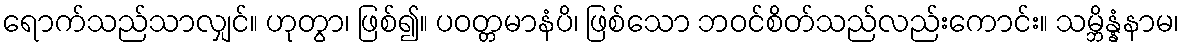
ရောက်သည်သာလျှင်။ ဟုတွာ၊ ဖြစ်၍။ ပဝတ္တမာနံပိ၊ ဖြစ်သော ဘဝင်စိတ်သည်လည်းကောင်း။ သမ္ဘိန္နံနာမ၊